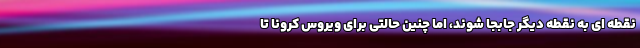
نقطه ای به نقطه دیگر جابجا شوند، اما چنین حالتی برای ویروس کرونا تا